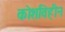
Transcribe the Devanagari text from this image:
कोशविहीन